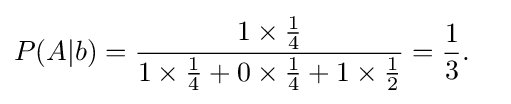
{\begin{aligned}P(A|b)&={\frac {1\times {\tfrac {1}{4}}}{1\times {\tfrac {1}{4}}+0\times {\tfrac {1}{4}}+1\times {\tfrac {1}{2}}}}={\frac {1}{3}}.\end{aligned}}